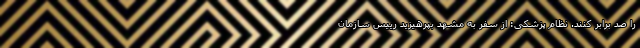
را صد برابر کنند. نظام پزشکی: از سفر به مشهد بپرهیزید رییس سازمان